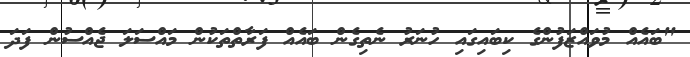
"ބައެއް މުވައްޒަފުންގެ ކިބައިގައި ހުނަރު ނެތިގެން ބައެއް ފަރާތްތަކުން މައްސަލަ ޖެއްސުން ފަދަ